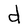
Character: d